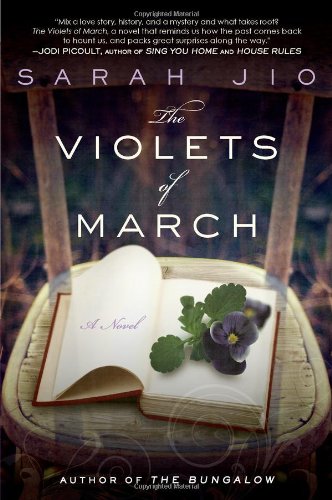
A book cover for The Violets of March: A Novel; Sarah Jio; Literature & Fiction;